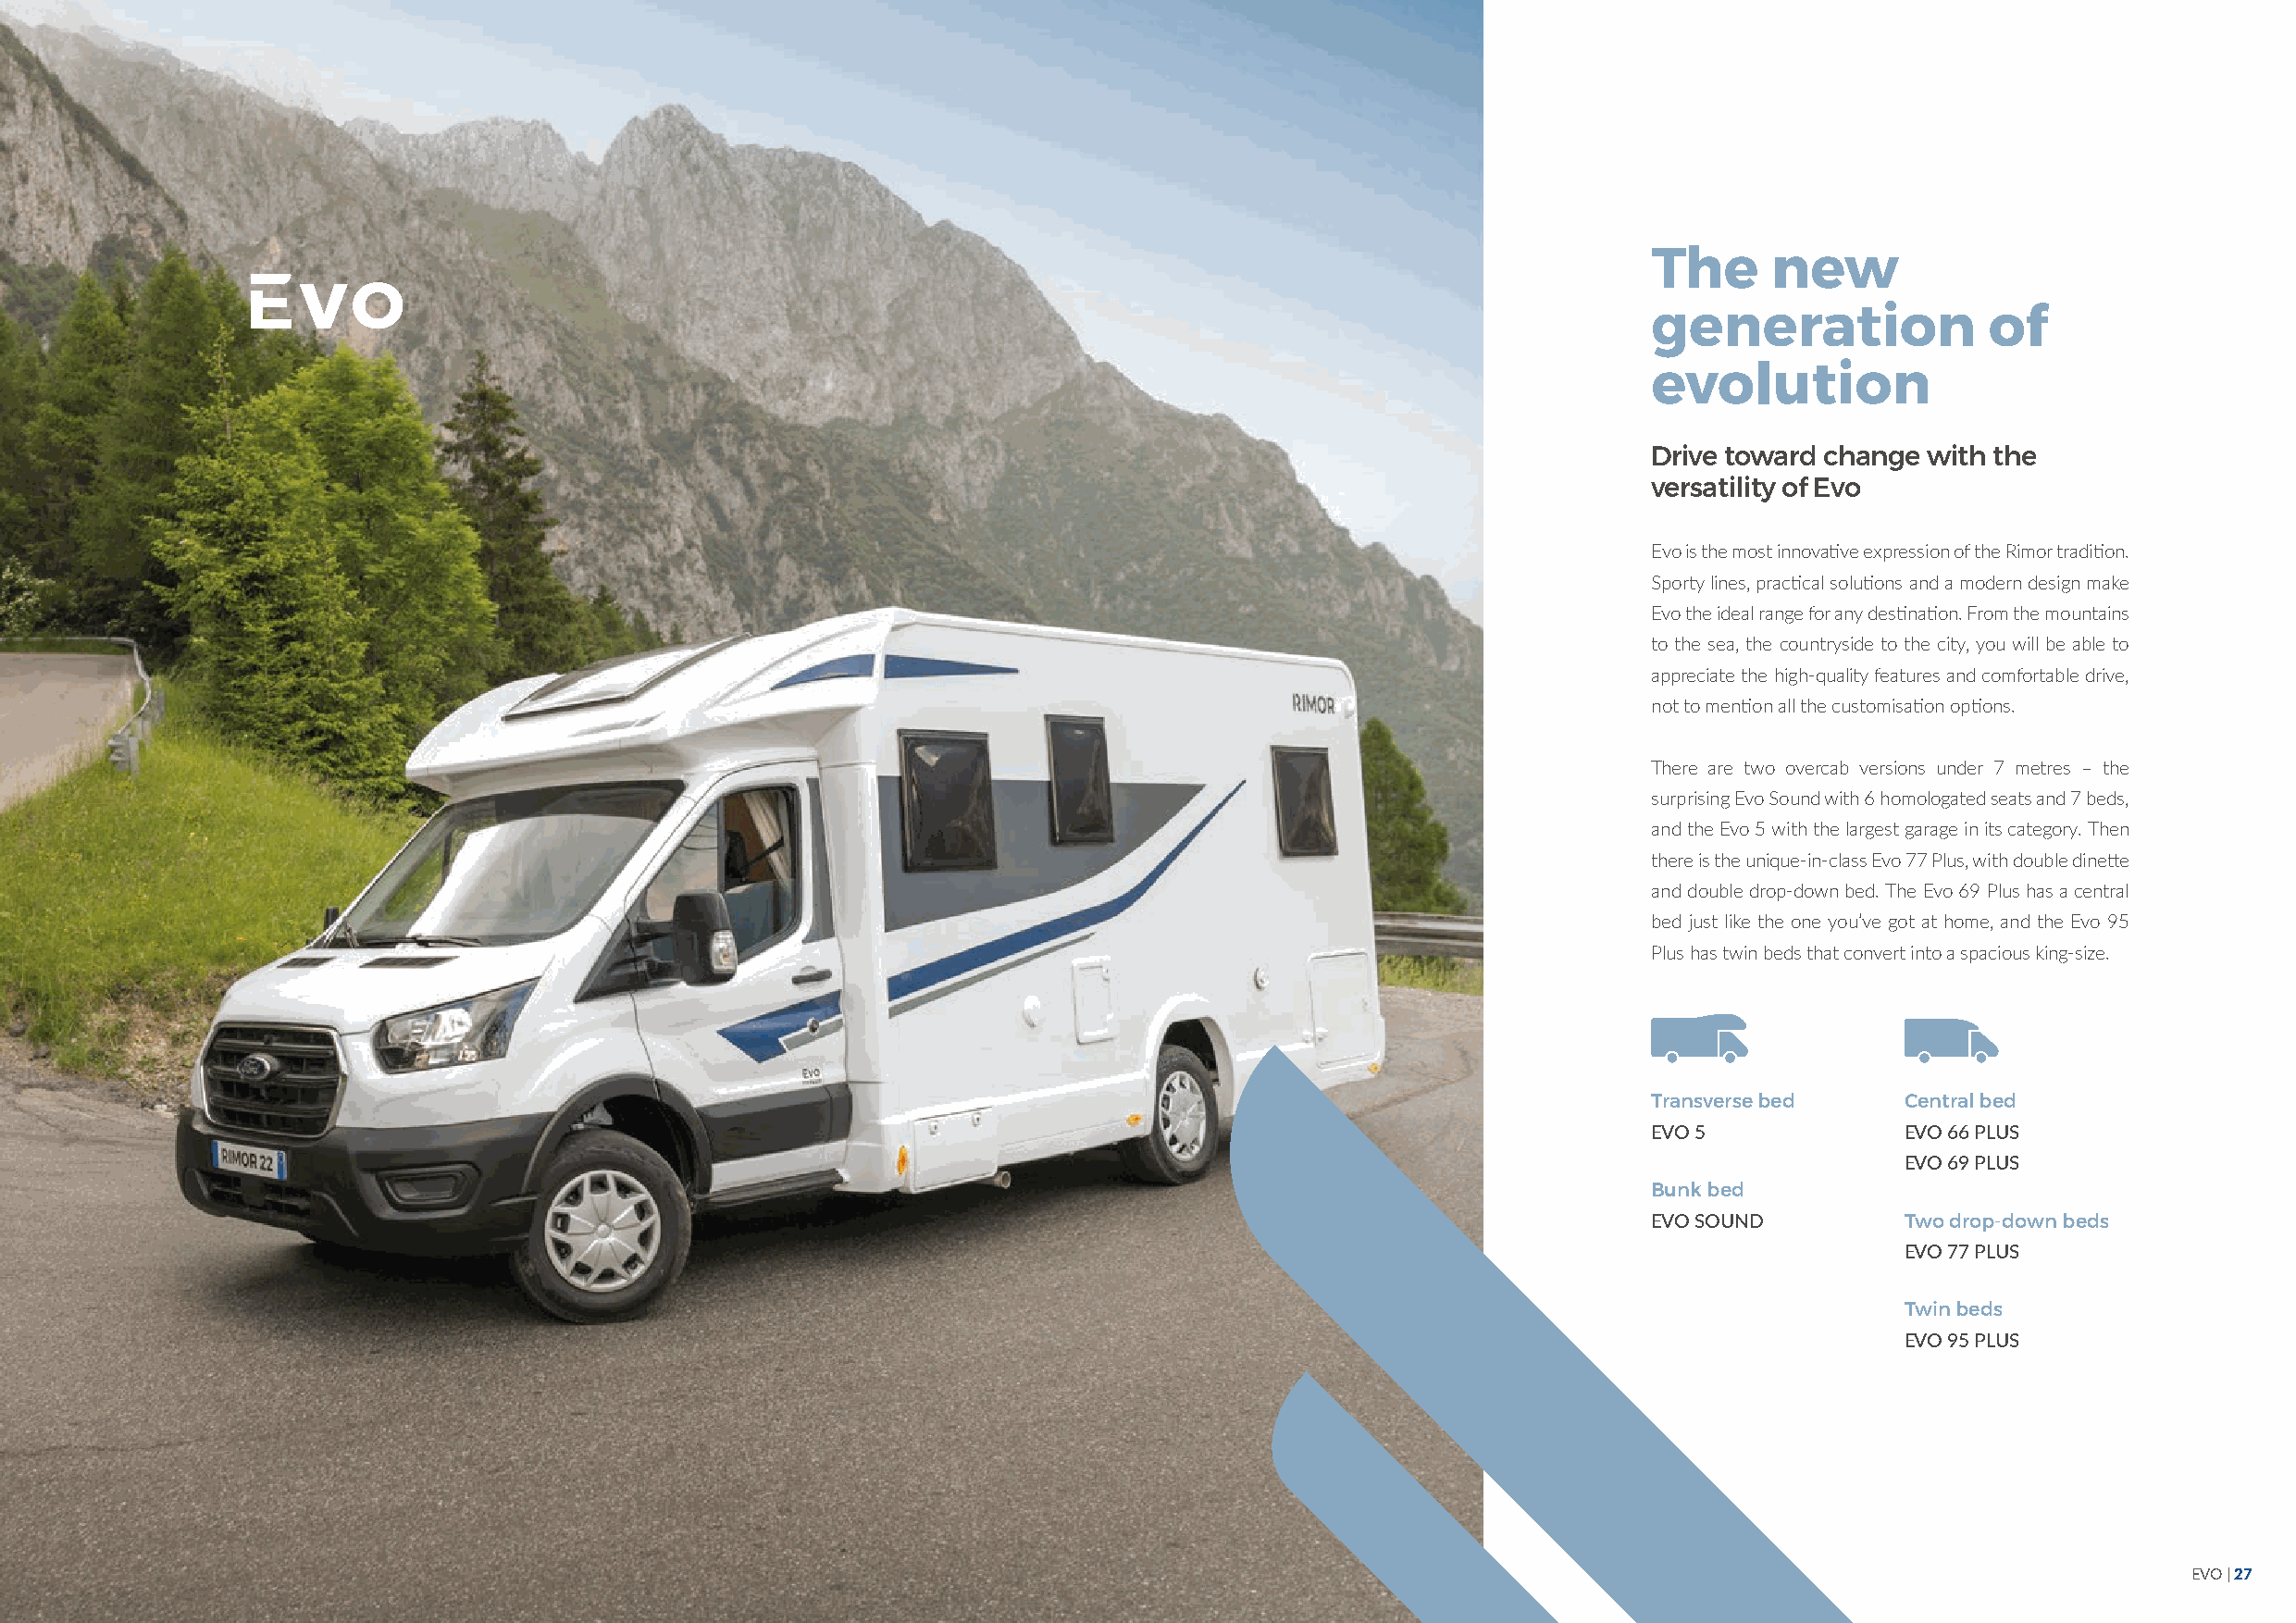
The      new
 generation              of
 evolution
 Drive toward change with the
 versatility of Evo
 Evo is the most innovative expression of the Rimor tradition.
 Sporty lines, practical solutions and a modern design make
 Evo the ideal range for any destination. From the mountains
 to the sea, the countryside to the city, you will be able to
 appreciate the high-quality features and comfortable drive,
 not to mention all the customisation options.
 There are two overcab versions under 7 metres – the
 surprising Evo Sound with 6 homologated seats and 7 beds,
 and the Evo 5 with the largest garage in its category. Then
 there is the unique-in-class Evo 77 Plus, with double dinette
 and double drop-down bed. The Evo 69 Plus has a central
 bed just like the one you’ve got at home, and the Evo 95
 Plus has twin beds that convert into a spacious king-size.
 Transverse bed    Central bed
 EVO 5             EVO 66 PLUS
 EVO 69 PLUS
 Bunk bed
 EVO SOUND         Two drop-down beds
 EVO 77 PLUS
 Twin beds
 EVO 95 PLUS
 EVO | 27